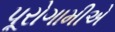
પૂરોગામીએ